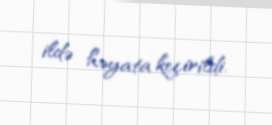
ildə həyata keçirildi.